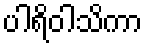
ပါရိဝါသိကာ